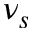
\nu _ { s }